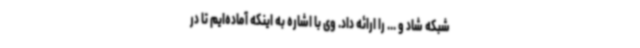
شبکه شاد و ... را ارائه داد. وی با اشاره به اینکه آماده‌ایم تا در